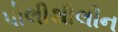
પોલીથીલીન